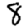
Digit: 8